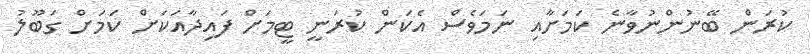
ކުރަން ބޭނުންނުވާނެ ކަމަށާއި ނަމަވެސް އެކަން ކުރަނީ ޓީމަށް ފައިދާއަކަށް ކަމަށް ގަބޫލު